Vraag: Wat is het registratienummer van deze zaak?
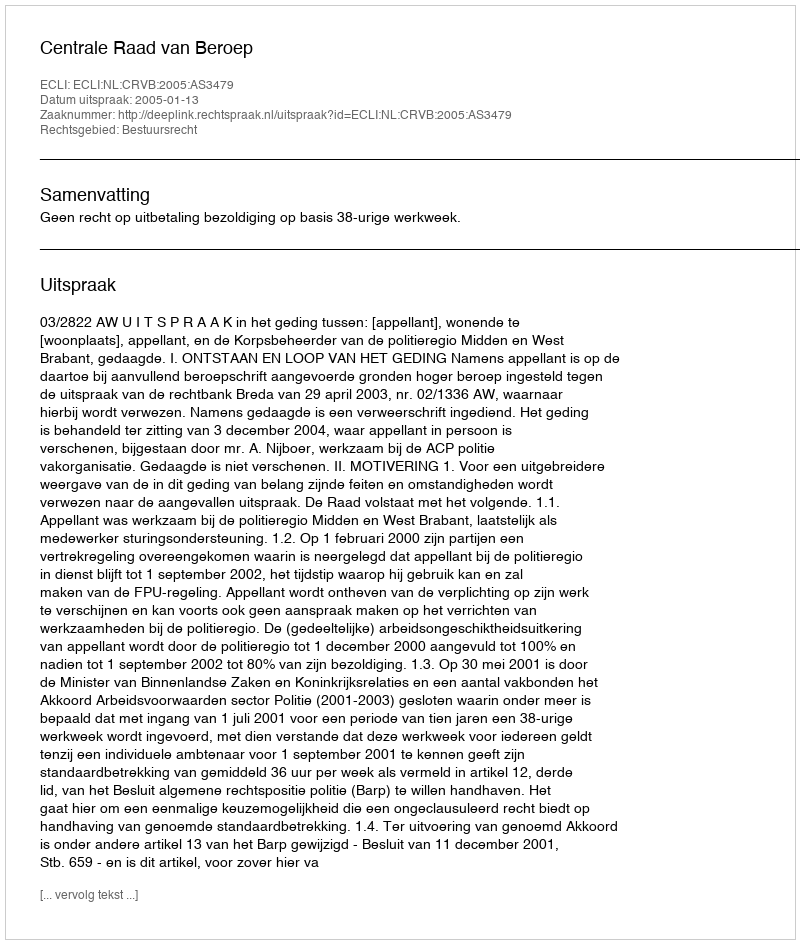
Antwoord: http://deeplink.rechtspraak.nl/uitspraak?id=ECLI:NL:CRVB:2005:AS3479